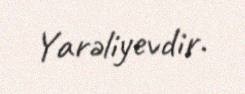
Yarəliyevdir.